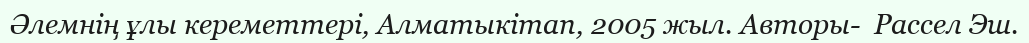
Әлемнің ұлы кереметтері, Алматыкітап, 2005 жыл. Авторы-  Рассел Эш.